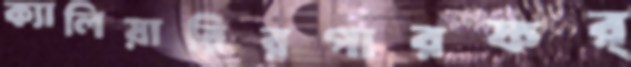
ক্যালিয়ারিরপারফর্